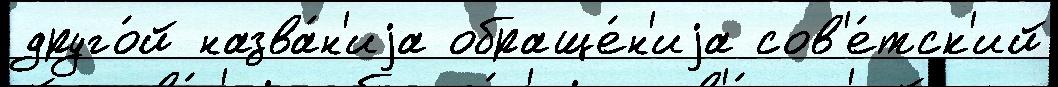
друго́й назва́н'иjа обраще́н'иjа сов'е́тск'ий